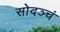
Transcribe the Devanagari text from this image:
सोदञ्चं